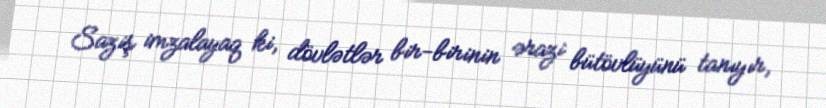
Saziş imzalayaq ki, dövlətlər bir-birinin ərazi bütövlüyünü tanıyır,